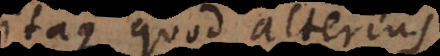
itaque quod alterius